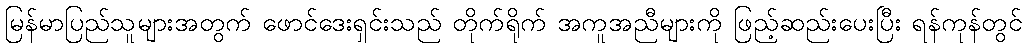
မြန်မာပြည်သူများအတွက် ဖောင်ဒေးရှင်းသည် တိုက်ရိုက် အကူအညီများကို ဖြည့်ဆည်းပေးပြီး ရန်ကုန်တွင်